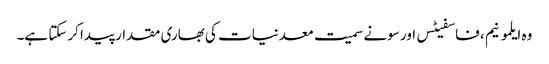
وہ ایلمونیم ، فاسفیٹس اور سونے سمیت معدنیات کی بھاری مقدار پیدا کرسکتا ہے۔